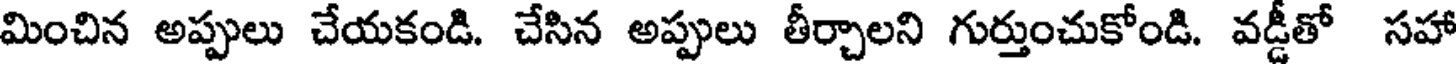
మించిన అప్పులు చేయకండి. చేసిన అప్పులు తీర్చాలని గుర్తుంచుకోండి. వడ్డీతో సహా